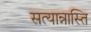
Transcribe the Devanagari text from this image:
सत्यान्नास्ति